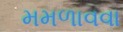
મમળાવવા